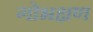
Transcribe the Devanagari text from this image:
गोभक्षण